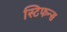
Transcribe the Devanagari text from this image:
स्टिफन्स